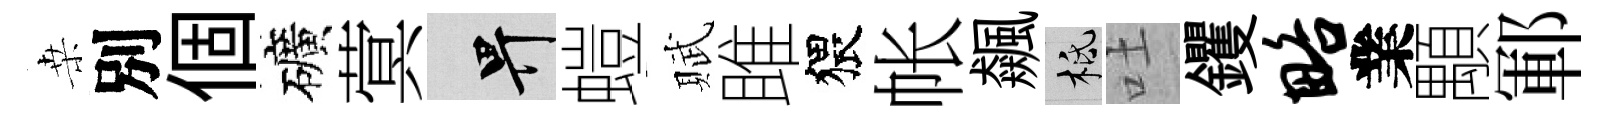
桒別個礦蓂畀螘賦雎猥帐飆柢吐钁略業顒鄆